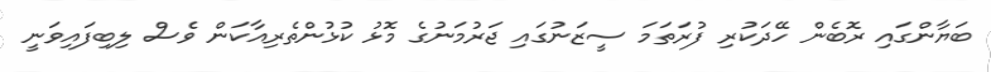
ބަޔާންގައި ރޮބެން ހޭދަކުރި ފުރަތަމަ ސީޒަނުގައި ޖަރުމަނުގެ މޮޅު ކުޅުންތެރިއާކަން ވެސް ލިބިފައިވަނީ